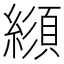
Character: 𦄼